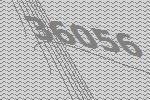
36056